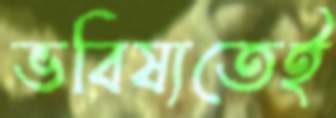
ভবিষ্যতেই